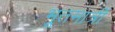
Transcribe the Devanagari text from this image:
भूतमात्रीं